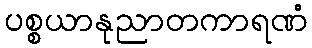
ပစ္စယာနုညာတကာရဏံ